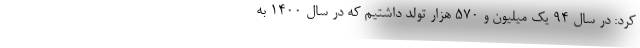
کرد: در سال ۹۴ یک میلیون و ۵۷۰ هزار تولد داشتیم که در سال ۱۴۰۰ به